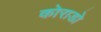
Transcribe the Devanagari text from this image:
कोराडो